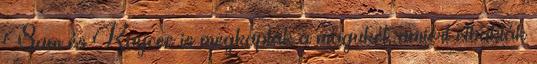
Sam és Kaycee is megkapták a magukét, amiért elbukták